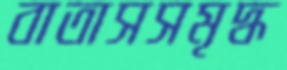
বাতাসসমৃদ্ধ